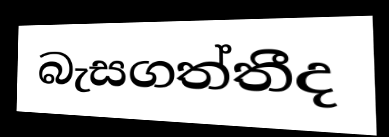
බැසගත්තීද